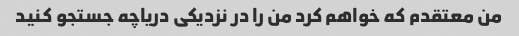
من معتقدم که خواهم کرد من را در نزدیکی دریاچه جستجو کنید